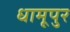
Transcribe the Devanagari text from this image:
धामूपुर